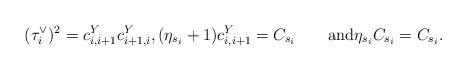
LaTeX: \begin{align*}(\tau^\vee_i)^2 = c^Y_{i,i+1}c^Y_{i+1,i}, (\eta_{s_i}+1)c_{i,i+1}^Y = C_{s_i}\qquad\hbox{and}\eta_{s_i}C_{s_i} = C_{s_i}.\end{align*}